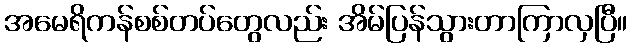
အမေရိကန်စစ်တပ်တွေလည်း အိမ်ပြန်သွားတာကြာလှပြီ။